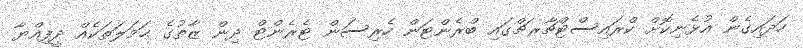
ހަދައިގެން އުޅެނިކޮށް ކްރައިސްޓްޗާރޗްގައި ބްރެންޓަން ހެރިސަން ޓެރެންޓް ދިން ޒާތުގެ ޙަމަލަތަކެއް ދީފިއްޔާ